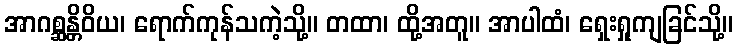
အာဂစ္ဆန္တိဝိယ၊ ရောက်ကုန်သကဲ့သို့။ တထာ၊ ထို့အတူ။ အာပါထံ၊ ရှေးရှုကျခြင်သို့။